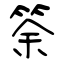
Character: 筡